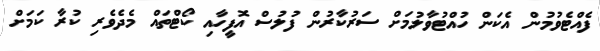
ފެއްޓެވުމުން އެކަން ހުއްޓުވާލުމަށް ސަރުކާރުން ފުލުސް އޮފީހާއި ކޯޓްތައް މެދެވެރި ކުރާ ކަމަށް